Civil Veterinary Department. Central Provinces & Berar 1925-31 - 1925-1931
Year: 1925
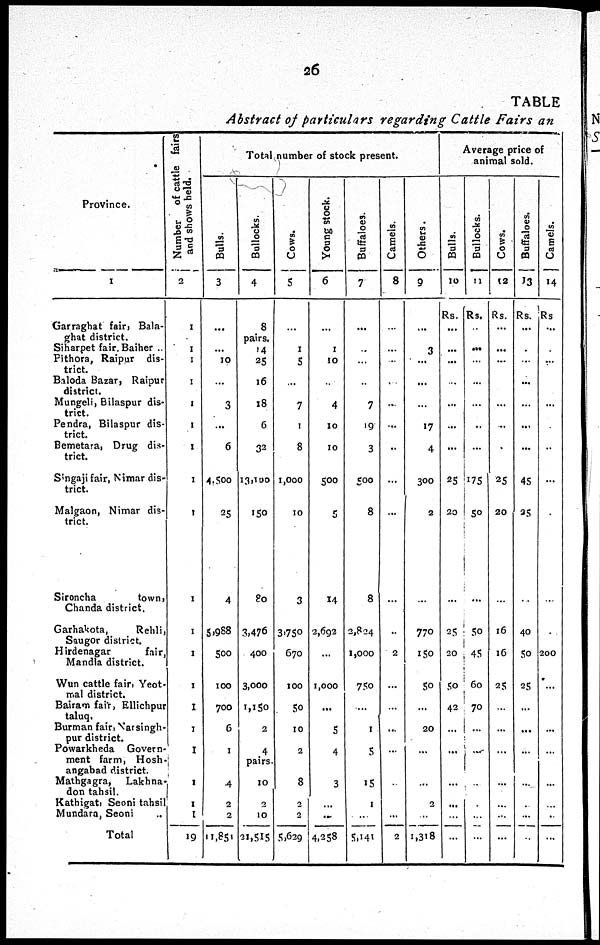
20
TABLE
Abstract of particulars regarding Cattle Fairs an
Province.
1
Garraghat fair, Bala-
ghat district.
Siharpet fair. Baiher ..
Pithora, Raipur dis-
trict.
Baloda Bazar, Raipur
district.
Mungeli, Bilaspur dis-
trict.
Pendra, Bilaspur dis-
trict.
Bemetara, Drug dis-
trict.
Stngaji fair, Nimar dis-
trict.
Malgaon, Nimar dis-
trict.
Sironcha
town,
Chanda district.
Garhakota,
Rehli,
Saugor district.
Hirdenagar
fair,
Mandla district.
Wun cattle fair, Yeot-
mal district.
Bairaoi fair, Ellichpur
taluq.
Burman fair, Varsingh-
pur district.
Powarkheda Govern-
ment farm, Hosh-
angabad district.
Mathgagra,
Lakhna-
don tahsil.
Kathigat, Seoni tahsil
Mundara, Seoni ..
Total
Number of cattle fairs
and shows held.
2
1
1
1
1
1
1
1
1
1
1
1
1
1
1
1
1
1
1
1
19
Total number of stock present.
Bulls.
3
...
...
10
...
3
...
6
4,500
25
4
5,988
500
100
700
6
1
4
2
2
11,851
Bullocks.
4
8
pairs.
14
25
16
18
6
32
13,100
150
80
3,476
400
3,000
1,150
2
4
pairs.
10
2
10
21,515
Cows.
5
...
1
5
...
7
1
8
1,000
10
3
3,750
670
100
50
10
2
8
2
2
5,629
Young stock.
6
...
1
10
...
4
10
10
500
5
14
2,692
...
1,000
...
5
4
3
...
...
4,258
Buffaloes.
7
...
...
...
...
7
19
3
500
8
8
2,824
1,000
750
...
...
5
15
1
...
5,141
Camels.
8
...
...
...
...
...
...
..
...
...
...
..
2
...
...
...
...
...
...
...
2
Others.
9
...
3
...
...
...
17
4
300
2
...
770
150
50
...
20
...
...
2
...
1,318
Average price of
animal sold.
Bulls.
10
Rs.
...
...
...
...
...
...
...
25
20
...
25
20
50
42
...
...
...
...
...
...
Bullocks.
11
Rs.
...
...
...
...
...
..
...
175
50
...
50
45
60
70
...
...
...
...
...
...
Cows.
12
Rs.
...
...
...
...
...
...
...
25
20
...
16
16
25
...
...
...
...
...
...
...
Buffaloes.
13
Rs.
...
...
...
...
...
...
...
45
25
...
40
50
25
...
...
...
...
...
...
...
Camels.
14
Rs
...
...
...
...
...
...
...
...
...
200
...
...
...
...
...
...
...
...